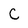
Character: C